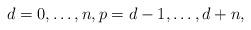
LaTeX: \begin{align*}d=0, \dots,n, p=d-1, \dots , d+n,\end{align*}